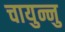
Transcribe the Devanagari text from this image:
चायुन्नु